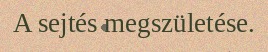
A sejtés megszületése.